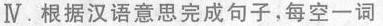
Ⅳ.根据汉语意思完成句子,每空一词